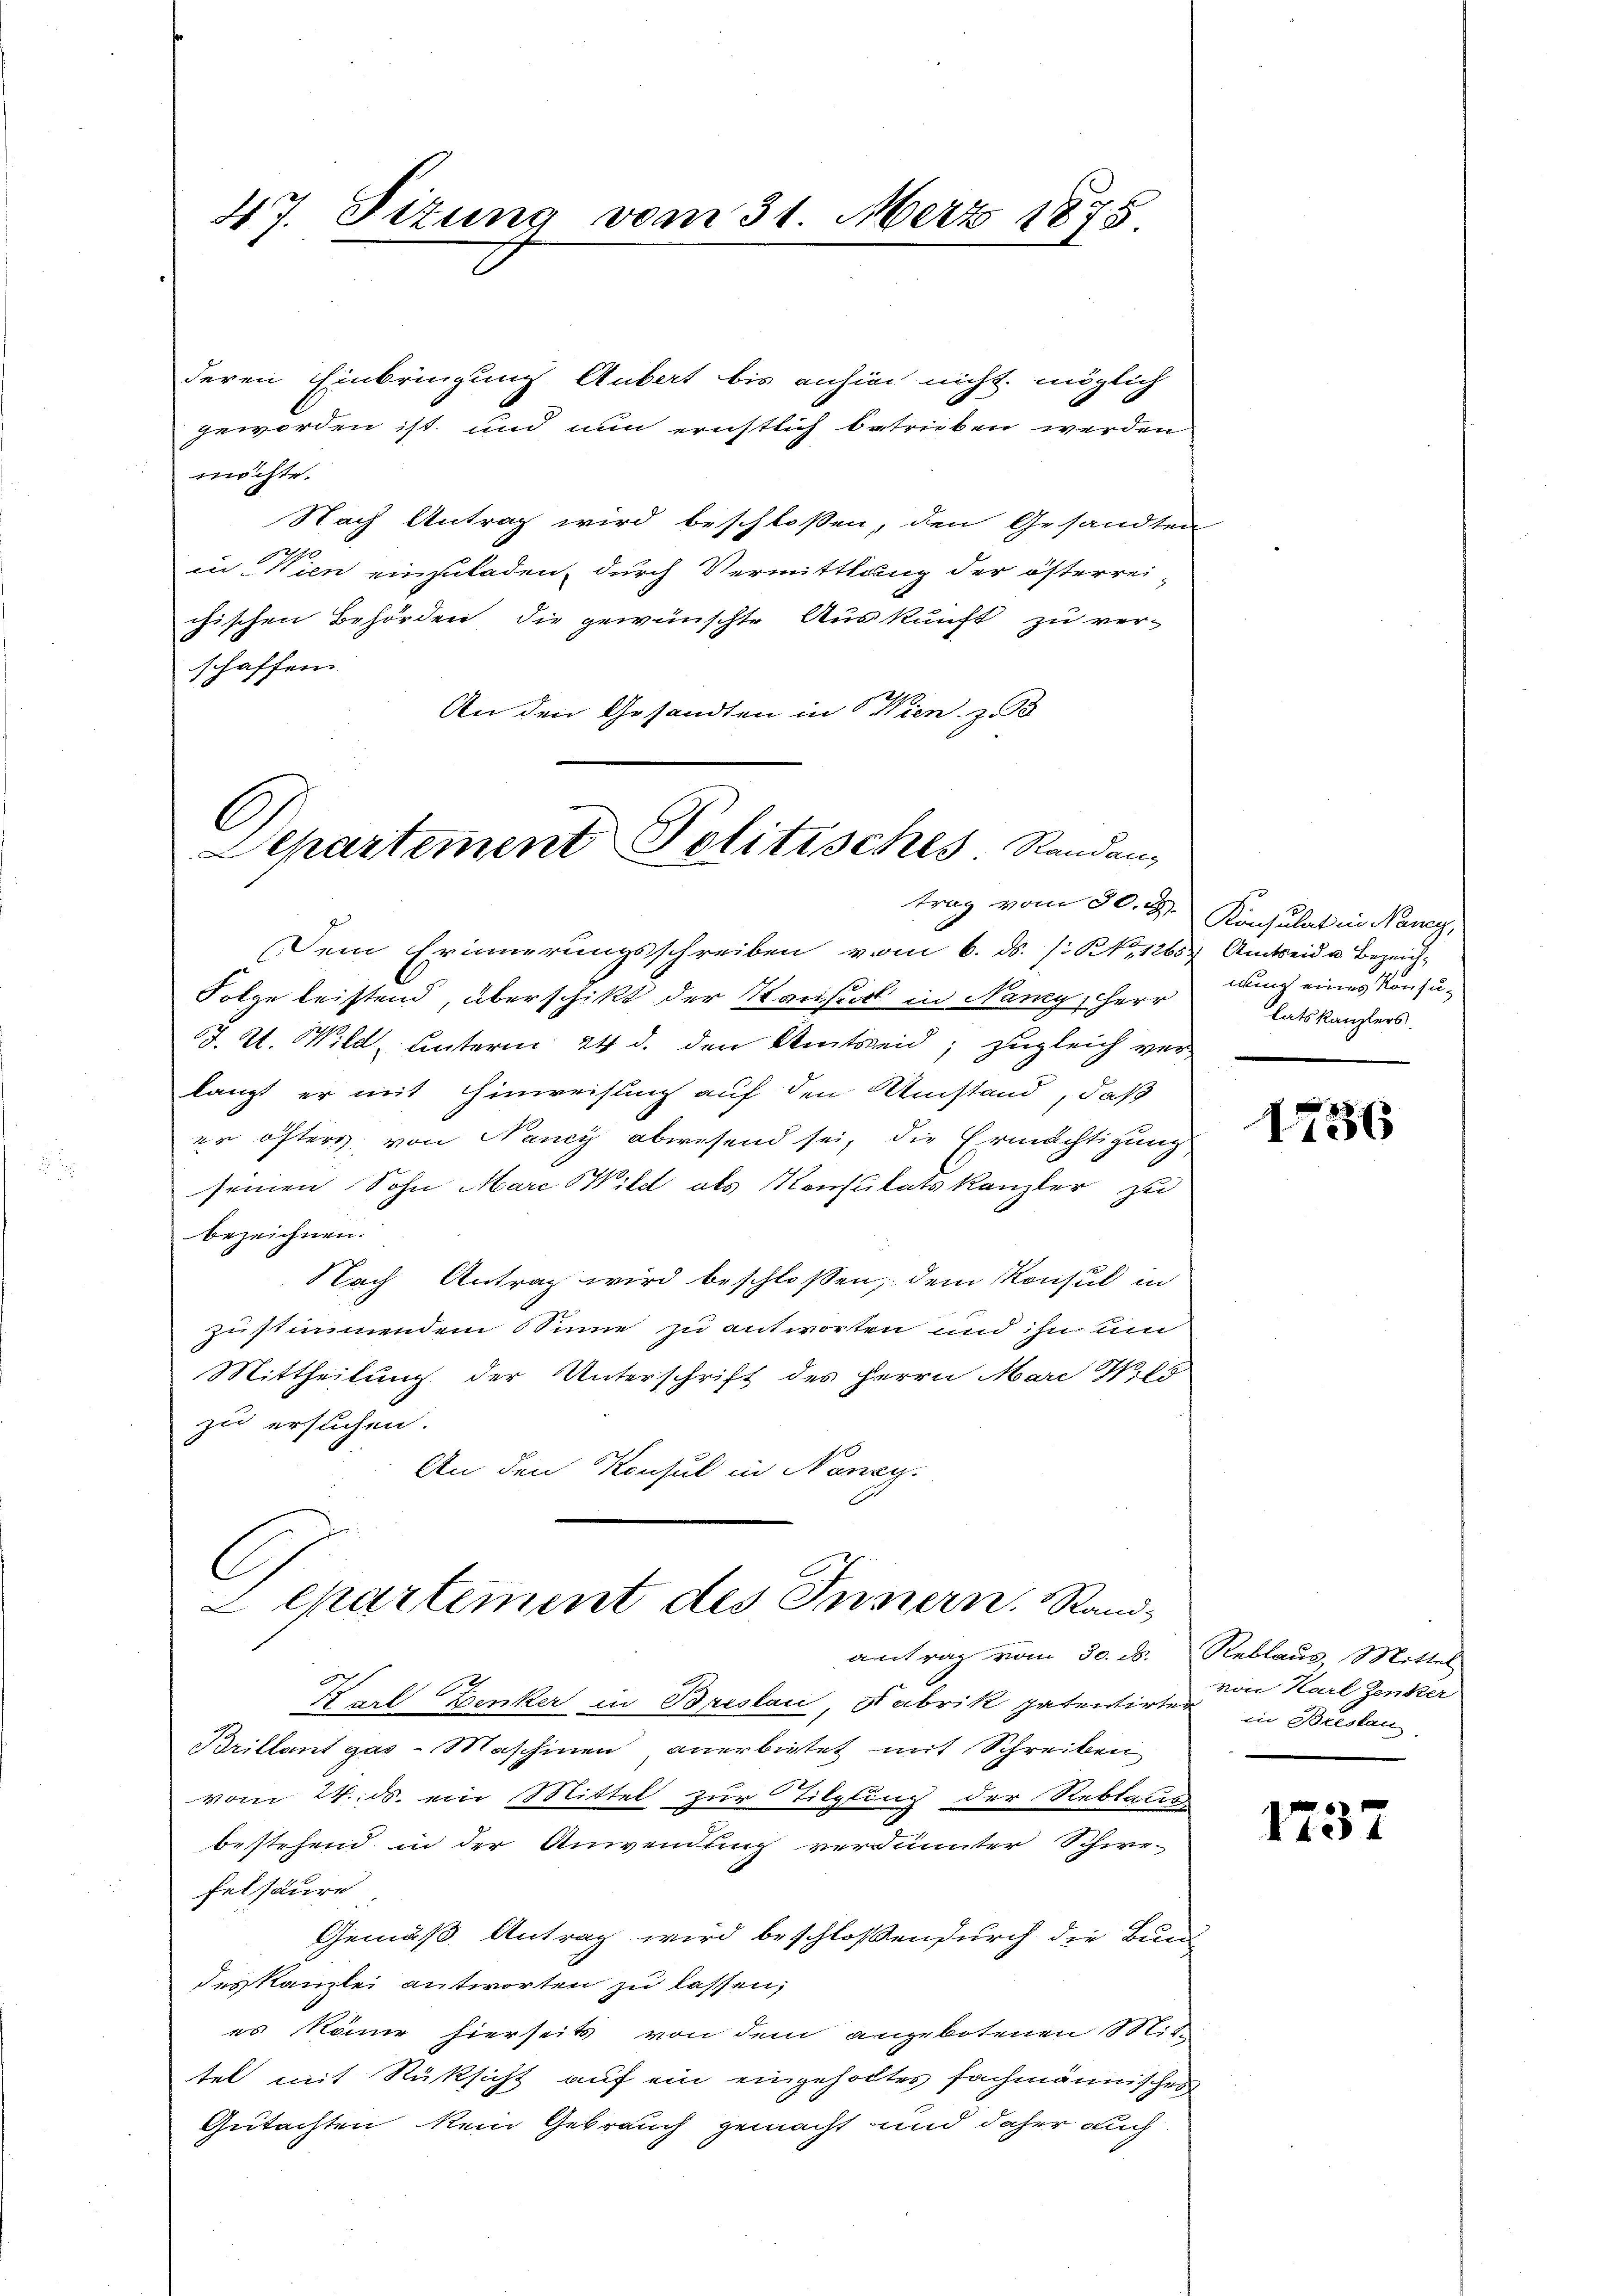
47. Situng vom 31. März 1875

deren Einbringung Anbat bis anhin nicht möglich
geworden ist und nun ernstlich betrieben werden
möchte.
Nach Antrag wird beschloßen, den Gesandten
29
in Wien einzuladen, durch Vermittlang der österreichischen Behörden, die gewünschte Auskunft zu ver-
schaffen.
An den Gesandten in Wien. z. B

C
Departement Politisches Randans
trag vom 30. J

Dem Erinnerungsschreiben vom 6. ds. /: No 1265 Amtseid u Bezeich-
Folge leistend, überschikt der Kausal in Nancy, Herr
J. U. Wild unterm 24 d. den Umtreid; zugleich ver-
langt er mit Hinweisung auf den Umstand, daß
er öfters, von Nancy abwesend sei, die Ermächtigung
seinen Sohn Marc Wild als Konsulatskanzler zu
bezeichnen.
Nach Antrag wird beschlossen, dem Konsul in
zustimmendem Sinne zu antworten und ihn um
Mittheilung der Unterschrift des Herrn Marc S. 65
zu ersuchen.
An den Konsul in Nancy.
C
2 epartement des Innern. Randantrag vom 30. d.
Karl Benker in Breslau, Fabrik patentirter in Breslau
Brillant gas- Maschinen anerbietet mit Schreiben
vom 24. ds. ein Mittel zur Tilglung der Rebtaus
bestehend in der Anwendung verdünnter Schwe-
felsäure
Gemäß Antrag wird beschlossendurch die Bund
des Kanzlei antworten zu lassen,
es könne hierseits von dem angebotenen Soliden
tel mit Rüksicht auf ein eingeholtes fachmännischen
Gutachten kein Gebrauch gemacht und daher auch

Konsulat in Nancy,
wing eines Konsulatskanzlers.

1236

Reblaus Mittel
von Karl Zenker
.

1737